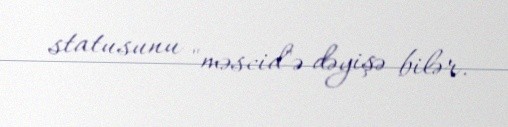
statusunu "məscid"ə dəyişə bilər.